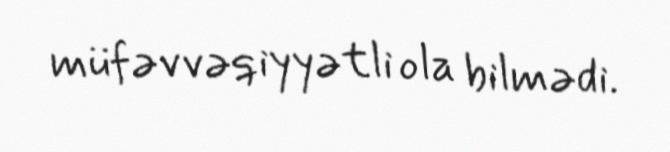
müfəvvəqiyyətli ola bilmədi.